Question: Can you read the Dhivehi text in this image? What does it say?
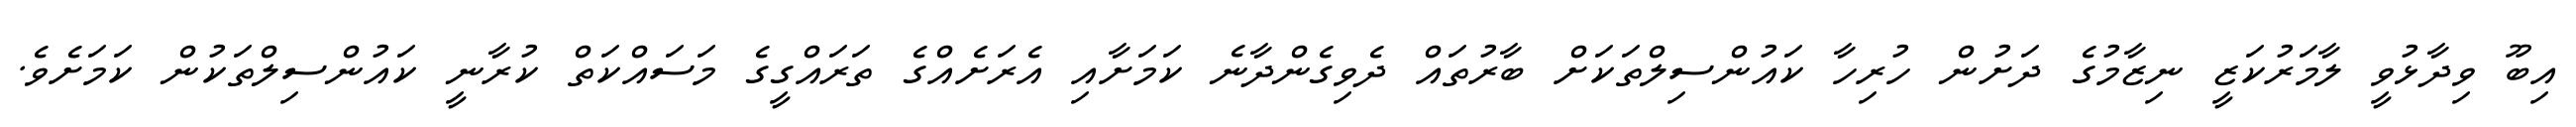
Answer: އިބޫ ވިދާޅުވީ ލާމަރުކަޒީ ނިޒާމުގެ ދަށުން ހުރިހާ ކައުންސިލްތަކަށް ބާރުތައް ދެވިގެންދާނެ ކަމަށާއި އެރަށެއްގެ ތަރައްގީގެ މަސައްކަތް ކުރާނީ ކައުންސިލްތަކުން ކަމަށެވެ.